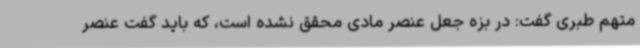
متهم طبری گفت: در بزه جعل عنصر مادی محقق نشده است، که باید گفت عنصر